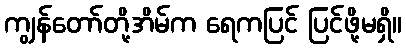
ကျွန်တော်တို့အိမ်က ရေကပြင် ပြင်ဖို့မရှိ။